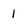
Character: 1